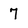
Character: 7